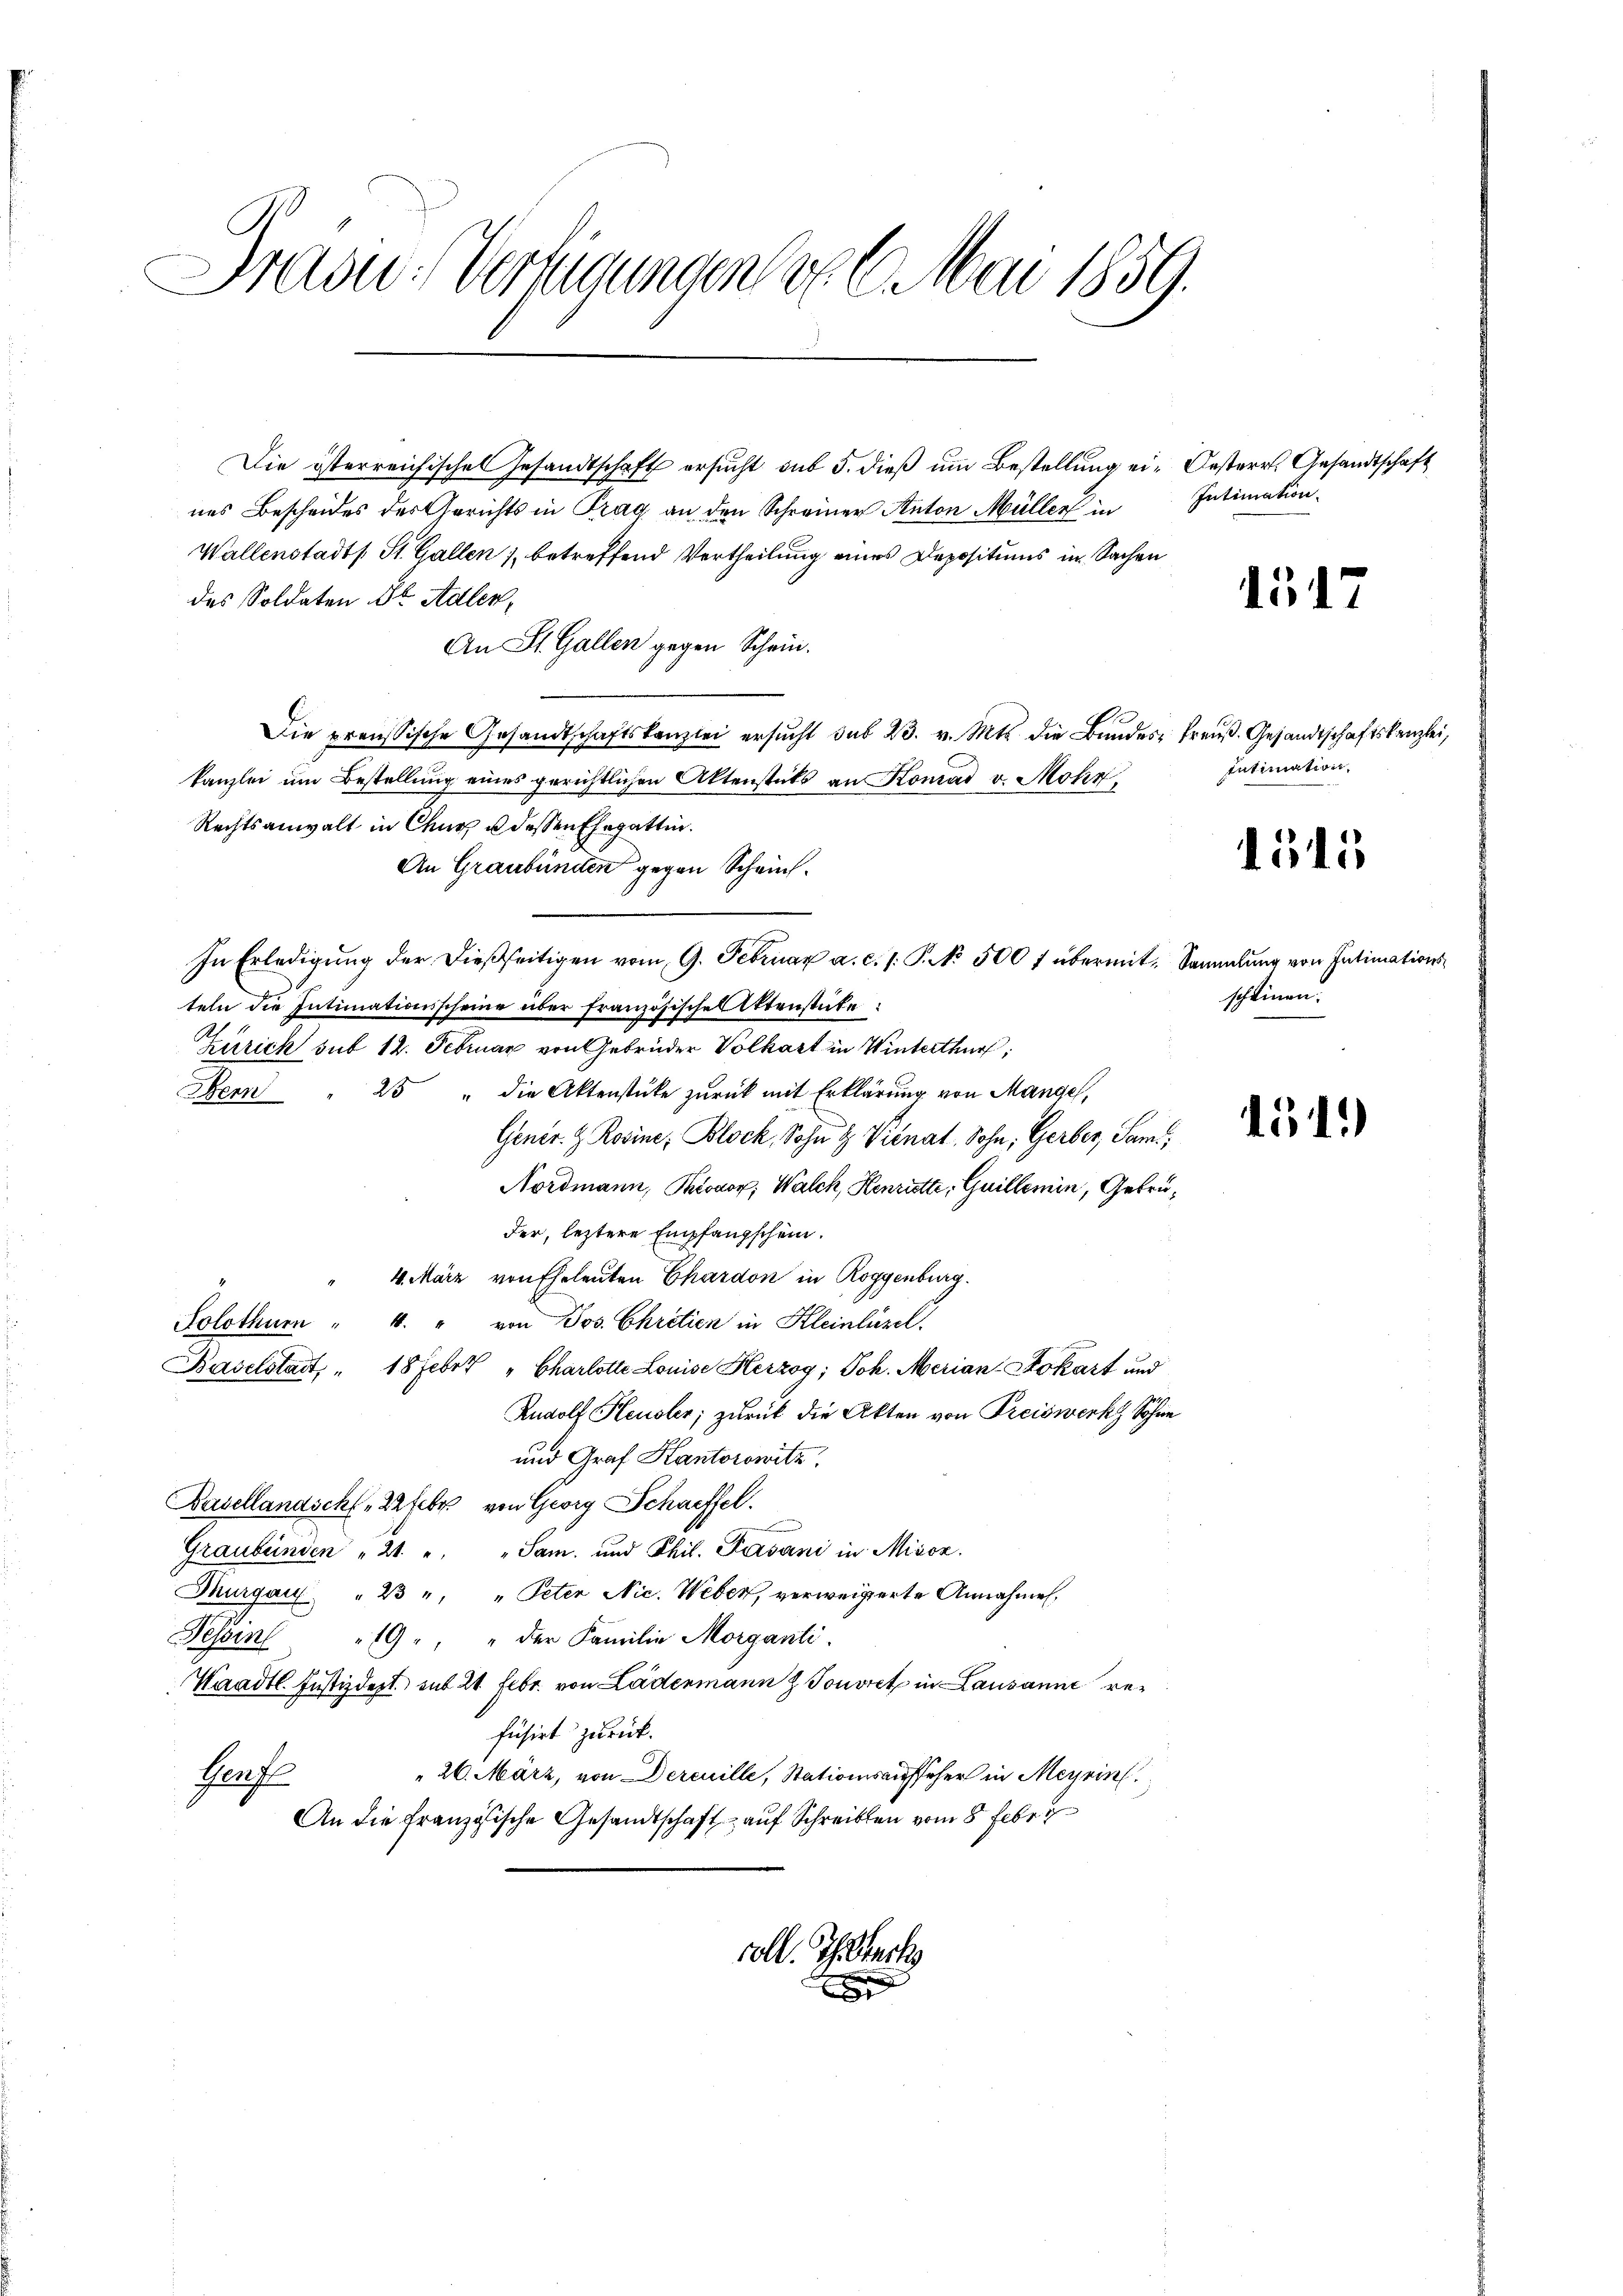
Drasu: Verlegungen d. 6. Mai 1859.

Die österreichisches Gesandtschaft ersucht sub 5. dieß um Bestellung ein Oesterr. Gesandtschaft
nes Bescheides des Anrichts in Prag an den Schreiner Anton Müller in
Wallenstadts. St. Gallen 1 betreffend Vertheilung eines Depositums in Sachen
des Soldaten 8t Adler,
An St. Gallen gegen Schein.
Die preussische Gesandtschaftskanzlei ersŭcht sub 23. v. Mts. die Bŭndes- Preuß. Gesandtschaftskanzlei,
kanzlei um Bestellung eines gerichtlichen Aktenstets an Konrad v. Mohr
Rechtsanwalt in Chur u dessen Ehegattin.
An Graubünden gegen Schein¬
In Erledigung der dießseitigen vom 9. Februar a. c. s. P. No. 500 f übermit Sammlung von Intimationsteln die Intimationsscheine über französischen Aktenstücke:
Zürich sub 12. Februar von Gebrüder Volkart in Winterthur,
Bern " 25 " die Aktenstücke zurück mit Erklärung von Mangel,
Genir. G. Rosine; Block, Sohn H Prénat, Sohn, Gerber, Sami,
Nordmann, Piovor; Walch, Henriette, Guillemin, Gebrüder, leztere Empfangschein.
4. März von Eheleuten Chardon in Roggenburg.
Solothurn " 4. " von Jos. Chrétien in Kleinläsel.
Baselstadt, " 18 Febr " Charlotte Louise Herzog; Joh. Merian-Stokart und
Rudolf Heusler zurück die Akten von Preiswerkz Sohne
und Graf Kantorowitz.
Basellandschl Sfebr. von Georg Schaffel.
Graubünden " 21. " " Sam. und Phil. Fasani in Miscz.
Thurgau " 23 " " Peten Nic. Weber, verweigerte Annahmen,
Tessin " 19 " " der Familie Morganti.
Waadt. Justizdept., mit 21. Febr. von Ladenmann z. Touvret in Lausanne refusirt zurück.
" 26. März, von Dercuille, Stationsaufseher in Meyrin
Herf
An die französische Gesandtschaft auf Schreiben vom 8. Febr

voll. Gesuch

e

Intimation.

Intimation

scheinen.

1517

1545

451)